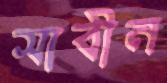
সাবীন